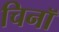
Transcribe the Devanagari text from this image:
चिनॉ